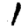
Digit: 1